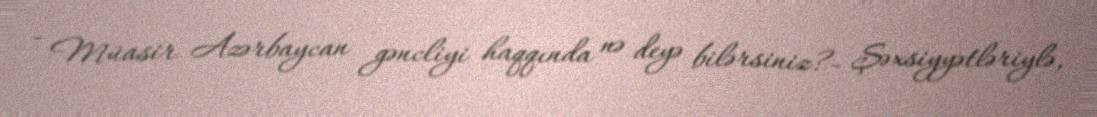
- Müasir Azərbaycan gəncliyi haqqında nə deyə bilərsiniz?- Şəxsiyyətləriylə,